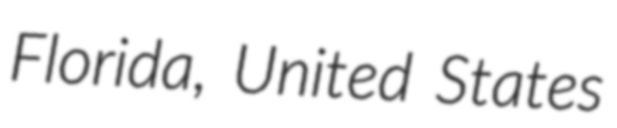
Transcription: Florida, United States